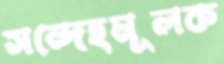
সন্দেহমূলক